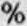
%